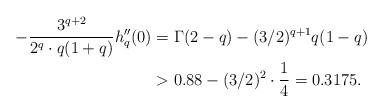
LaTeX: \begin{align*}-\frac{3^{q+2}}{2^q\cdot q(1+q)} h_q''(0) &= \Gamma(2-q) - (3/2)^{q+1}q(1-q) \\&> 0.88 - (3/2)^2\cdot \frac{1}{4} = 0.3175.\end{align*}